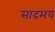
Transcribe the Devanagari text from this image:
सादमय